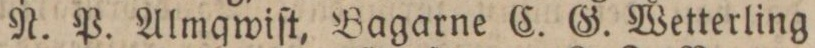
N. P. Almqwiſt, Bagarne C. G. Wetterling